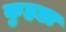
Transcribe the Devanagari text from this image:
कुहडा